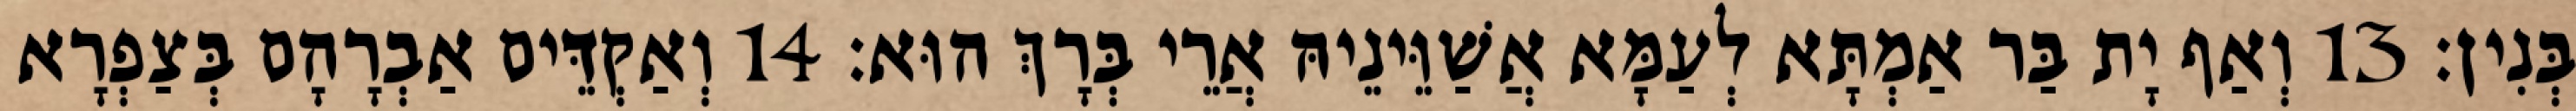
בְּנִין׃ 13 וְאַף יָת בַּר אַמְתָּא לְעַמָּא אֲשַׁוֵּינֵיהּ אֲרֵי בְּרָךְ הוּא׃ 14 וְאַקְדֵּים אַבְרָהָם בְּצַפְרָא